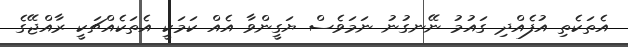
އެތަކެތި އުފެއްދި ގައުމު ނޭނގުނު ނަމަވެސް ޔަގީންވާ އެއް ކަމަކީ އެތަކެއްޗަކީ ރާއްޖޭގެ